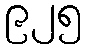
၉၂၅